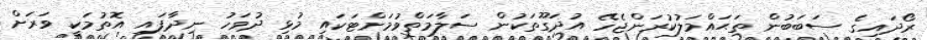
ރޯދައިގެ ސަބަބުން ތަޙައްމަލުކުރަންޖެހޭ އުދަގޫތަކުން ސަލާމަތްވުމަށްޓަކައި މުޅި ދުވަހު ނިދާފައި އޮތުމަކީ ވަރަށް